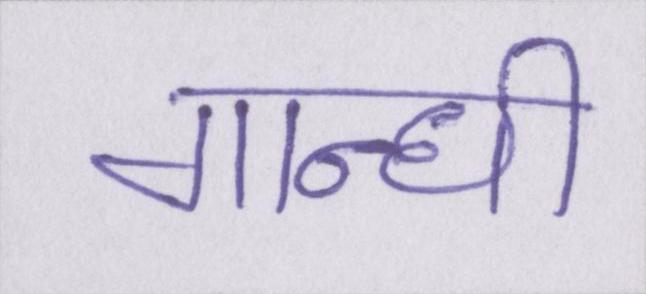
गान्धी